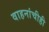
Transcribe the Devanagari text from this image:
वाहनांचीही